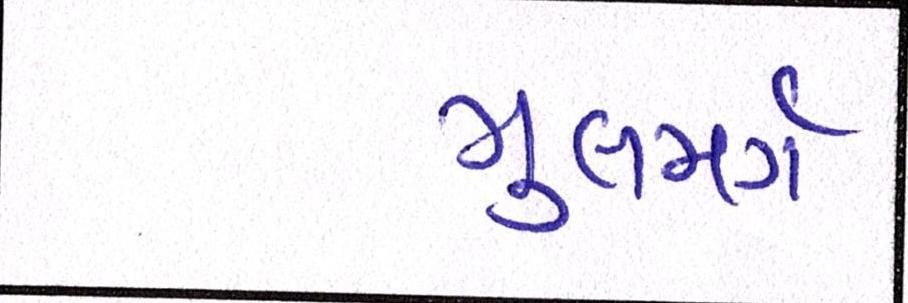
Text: ગુલમર્ગ